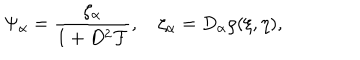
\Psi _ { \alpha } = { \frac { \zeta _ { \alpha } } { 1 + D ^ { 2 } { \cal F } } } , \quad \zeta _ { \alpha } = D _ { \alpha } \rho ( \xi , \eta ) ,